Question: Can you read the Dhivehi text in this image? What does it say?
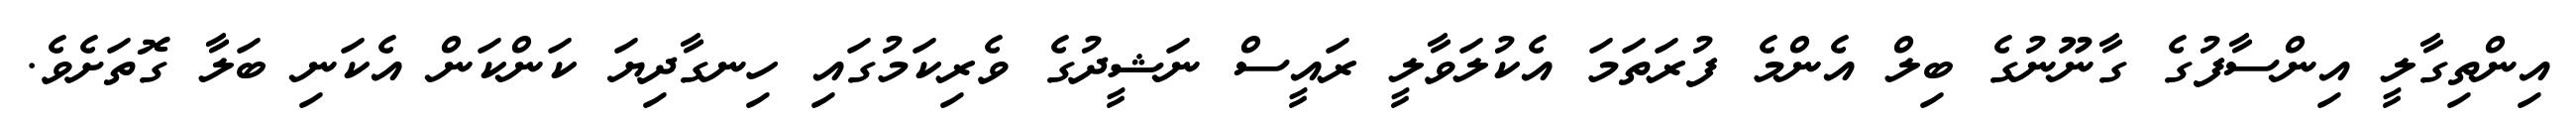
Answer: އިންތިގާލީ އިންސާފުގެ ގާނޫނުގެ ބިލް އެންމެ ފުރަތަމަ އެކުލަވާލީ ރައީސް ނަޝީދުގެ ވެރިކަމުގައި ހިނގާދިޔަ ކަންކަން އެކަނި ބަލާ ގޮތަށެވެ.